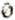
0